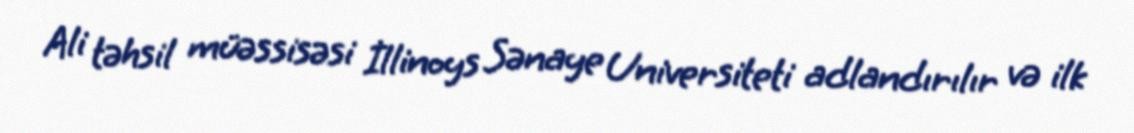
Ali təhsil müəssisəsi İllinoys Sənaye Universiteti adlandırılır və ilk